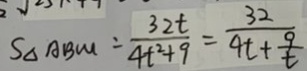
S _ { \Delta A B M } = \frac { 3 2 t } { 4 t ^ { 2 } + 9 } = \frac { 3 2 } { 4 t + \frac { 9 } { t } }